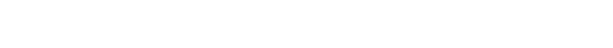
မစ္စတာ ကာလိုဂရီဒီသည် ဘုံဘေဘားမား ကုမ္ပဏီမှ အရာရှိတစ်ဦး ဖြစ်သည်။